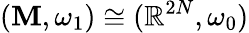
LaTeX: (\mathbf{M},\omega_{1})\cong(\mathbb{{R}}^{2N},\omega_{0})